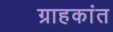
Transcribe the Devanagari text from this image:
ग्राहकांत